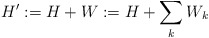
\begin{align*} H':=H + W := H +\sum_k W_k\end{align*}